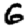
Digit: 6